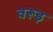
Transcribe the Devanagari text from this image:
वरूड़